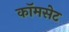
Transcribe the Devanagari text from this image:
कॉमसेट